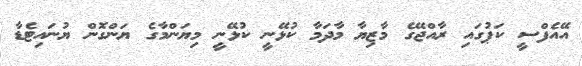
އޭއެފްސީ ކަޕުގައި ރާއްޖޭގެ މާޒިޔާ މާދަމާ ކުޅޭނީ ކުޅޭނީ މިޔަންމާގެ ޔަންގޮން ޔުނައިޓެޑާ